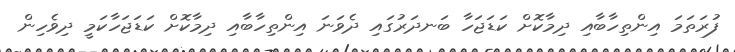
ފުރަތަމަ އިންތިހާބާއި ދިމާކޮށް ކަޑަޖަހާ ބަނދަރުގައި ދެވަނަ އިންތިހާބާއި ދިމާކޮށް ކަޑަޖަހާކަމީ ދިވެހިން